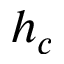
h _ { c }